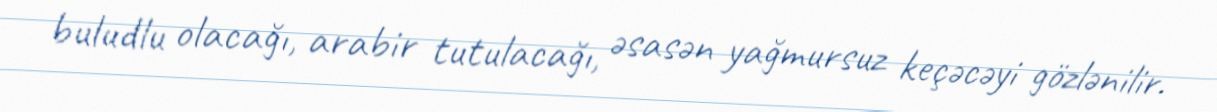
buludlu olacağı, arabir tutulacağı, əsasən yağmursuz keçəcəyi gözlənilir.